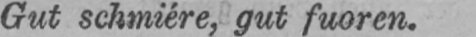
Gut schmiére, gut fuoren.